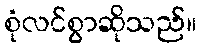
စုံလင်စွာဆိုသည်။